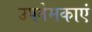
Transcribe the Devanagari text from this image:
उपनेमकाएं